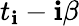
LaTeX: t_{\mathbf{i}}-\mathbf{i}\beta